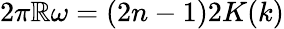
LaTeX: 2\pi\mathbb{R}\omega=(2n-1)2K(k)